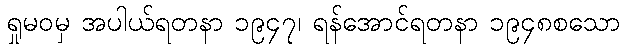
ရှုမဝမှ အပါယ်ရတနာ ၁၉၄၇၊ ရန်အောင်ရတနာ ၁၉၄၈စသော